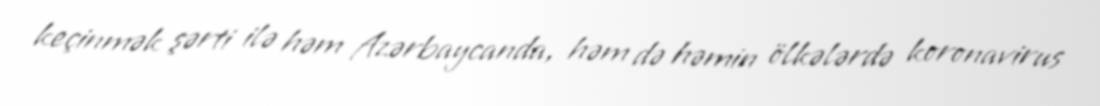
keçinmək şərti ilə həm Azərbaycanda, həm də həmin ölkələrdə koronavirus